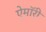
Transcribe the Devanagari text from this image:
ऐमॉरी